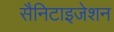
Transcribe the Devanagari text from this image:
सैनिटाइजेशन